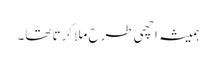
ہمیشہ اچھی طرح ملا کرتا تھا۔